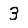
Digit: 3